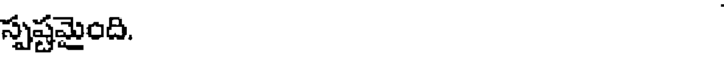
స్పష్టమైంది.